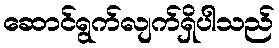
ဆောင်ရွက်လျက်ရှိပါသည်